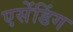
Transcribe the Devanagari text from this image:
एसेंडिंग